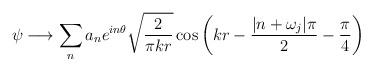
LaTeX: \begin{align*}\psi \longrightarrow \sum_n a_n e^{in\theta} \sqrt{\frac{2}{\pi kr}}\cos\left(kr-\frac{|n+\omega_j|\pi}{2}-\frac{\pi}{4}\right)\end{align*}